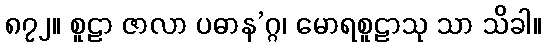
၈၇၂။ စူဠာ ဇာလာ ပဓာန’ဂ္ဂ၊ မောရစူဠာသု သာ သိခါ။